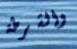
والشرطة